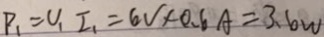
P _ { 1 } = U _ { 1 } I _ { 1 } = 6 V \times 0 . 6 A = 3 . 6 w